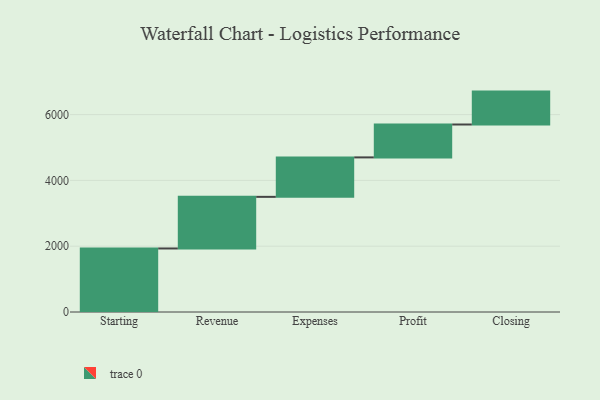
{"axis": {"x": "Step", "y": "Value"}, "legend": [""], "data": [{"x": "Starting", "y": 1931.0, "type": ""}, {"x": "Revenue", "y": 1569.0, "type": ""}, {"x": "Expenses", "y": 1199.0, "type": ""}, {"x": "Profit", "y": 1000, "type": ""}, {"x": "Closing", "y": 1000, "type": ""}]}